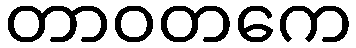
တာဝတကေ